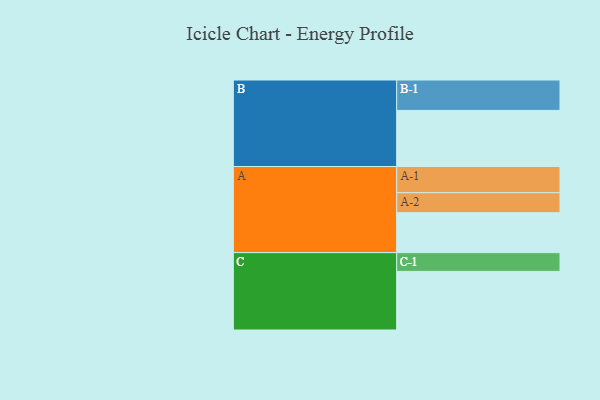
{"axis": {"x": "Segment", "y": "Value"}, "legend": ["", "A", "B", "C"], "data": [{"x": "A", "y": 305, "type": ""}, {"x": "B", "y": 428, "type": ""}, {"x": "C", "y": 447, "type": ""}, {"x": "A-1", "y": 200, "type": "A"}, {"x": "A-2", "y": 152, "type": "A"}, {"x": "B-1", "y": 232, "type": "B"}, {"x": "C-1", "y": 143, "type": "C"}]}